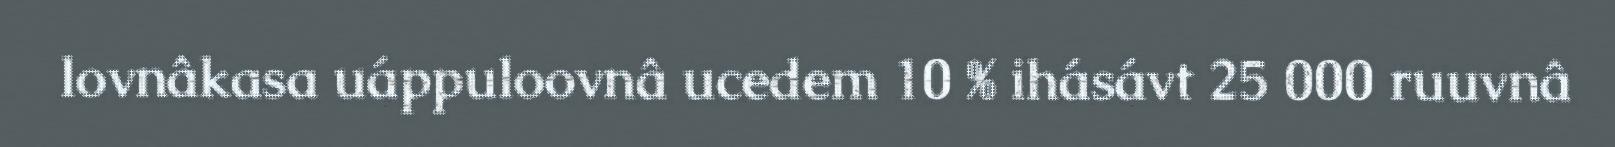
lovnâkasa uáppuloovnâ ucedem 10 % ihásávt 25 000 ruuvnâ